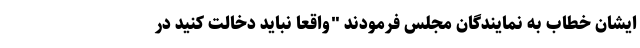
ایشان خطاب به نمایندگان مجلس فرمودند "واقعاً نباید دخالت کنید در